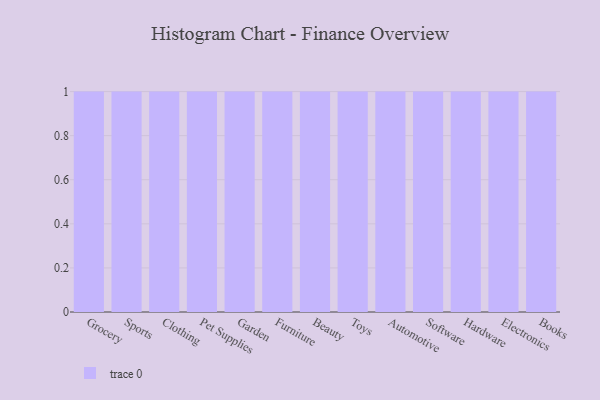
{"axis": {"x": "Category", "y": "Revenue (USD Million)"}, "legend": [""], "data": [{"x": "Grocery", "y": 55, "type": ""}, {"x": "Sports", "y": 50, "type": ""}, {"x": "Clothing", "y": 30, "type": ""}, {"x": "Pet Supplies", "y": 98, "type": ""}, {"x": "Garden", "y": 78, "type": ""}, {"x": "Furniture", "y": 94, "type": ""}, {"x": "Beauty", "y": 51, "type": ""}, {"x": "Toys", "y": 8, "type": ""}, {"x": "Automotive", "y": 13, "type": ""}, {"x": "Software", "y": 82, "type": ""}, {"x": "Hardware", "y": 30, "type": ""}, {"x": "Electronics", "y": 70, "type": ""}, {"x": "Books", "y": 36, "type": ""}]}